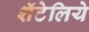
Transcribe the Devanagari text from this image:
शॅटेलिये